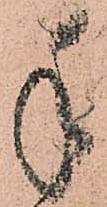
手